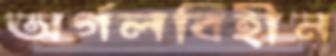
অর্গলবিহীন